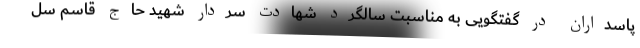
پاسداران در گفتگویی به مناسبت سالگرد شهادت سردار شهید حاج قاسم سل